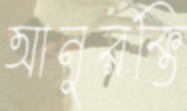
আনুরক্তি